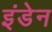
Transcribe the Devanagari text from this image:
इंडेन